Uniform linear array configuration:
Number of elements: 16
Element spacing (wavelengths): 0.75
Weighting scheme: kaiser
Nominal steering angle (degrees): -30
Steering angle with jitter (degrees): -31.143
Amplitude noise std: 0.05
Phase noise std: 0.05

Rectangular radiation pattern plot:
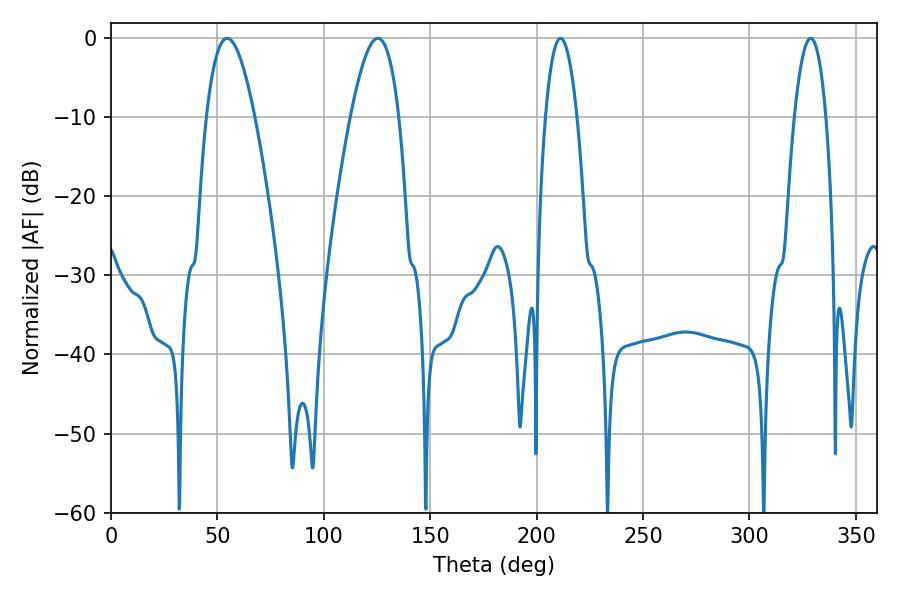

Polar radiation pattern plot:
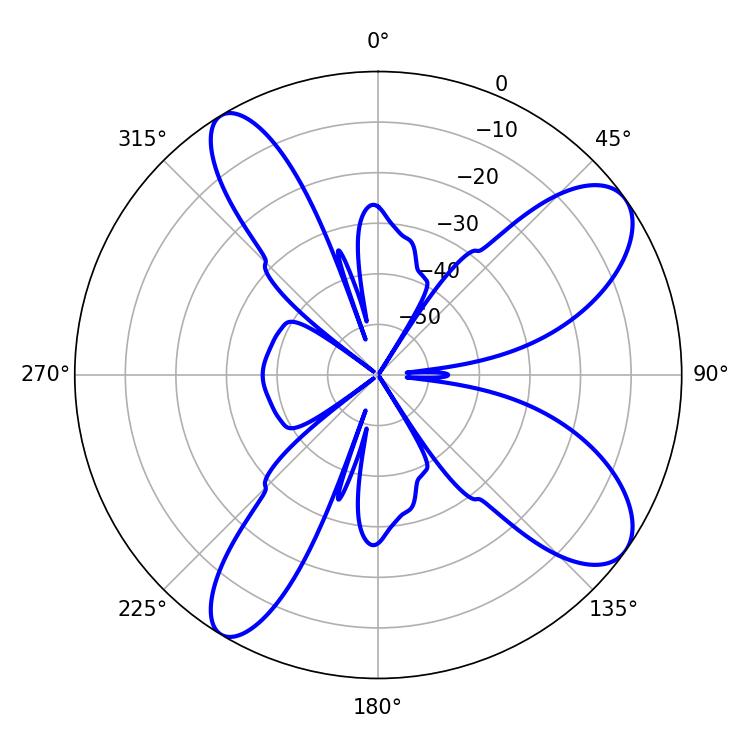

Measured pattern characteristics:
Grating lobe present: TRUE
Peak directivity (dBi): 9.532
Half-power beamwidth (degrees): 12.24
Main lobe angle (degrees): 54.54